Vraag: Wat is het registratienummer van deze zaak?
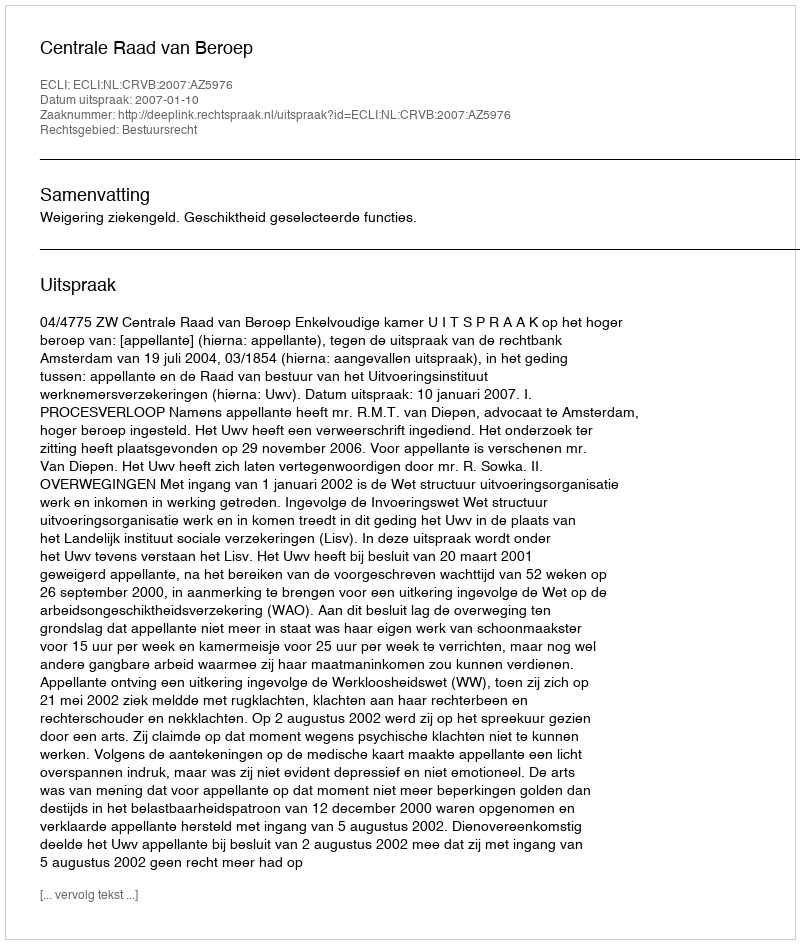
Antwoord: http://deeplink.rechtspraak.nl/uitspraak?id=ECLI:NL:CRVB:2007:AZ5976